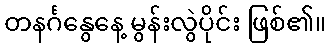
တနင်္ဂနွေနေ့ မွန်းလွဲပိုင်း ဖြစ်၏။